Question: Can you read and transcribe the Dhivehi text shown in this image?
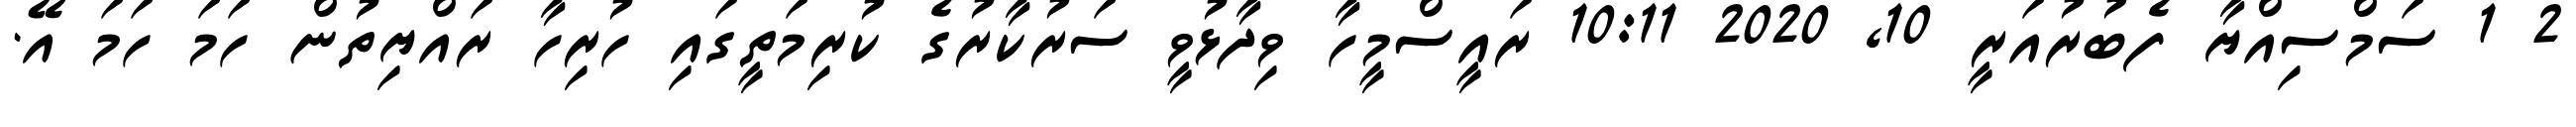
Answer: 2 1 ސަމްސިއްޔާ ފެބުރުއަރީ 10, 2020 10:11 ރައީސްމީހާ ވިދާޅުވީ ސަރުކާރުގެ ކުރިމަތީގައި ހުރިހާ ރައްޔިތުން ހަމަ ހަމަ އޭ.